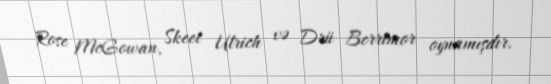
Rose McGowan, Skeet Ulrich və Drü Berrimor oynamışdır.